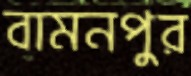
বামনপুর